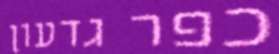
כפר גדעון